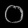
Digit: ၀